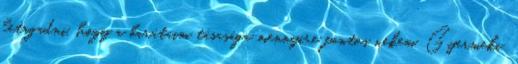
letagadni, hogy a barátaim tásasága mennyire fontos nekem. Gyermeki,